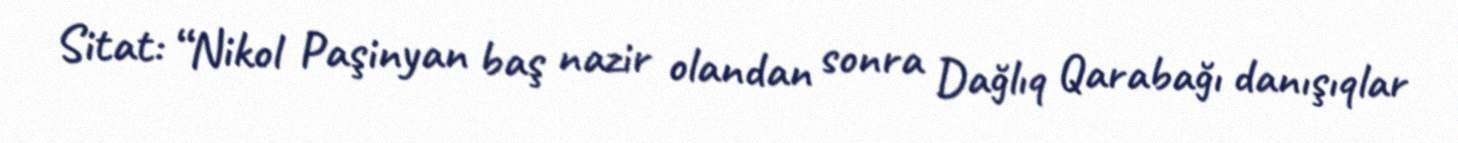
Sitat: “Nikol Paşinyan baş nazir olandan sonra Dağlıq Qarabağı danışıqlar